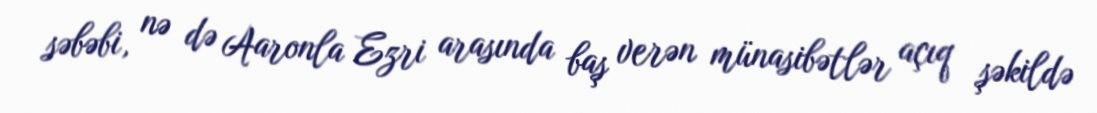
səbəbi, nə də Aaronla Ezri arasında baş verən münasibətlər açıq şəkildə